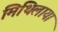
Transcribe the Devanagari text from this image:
मिथिलायां